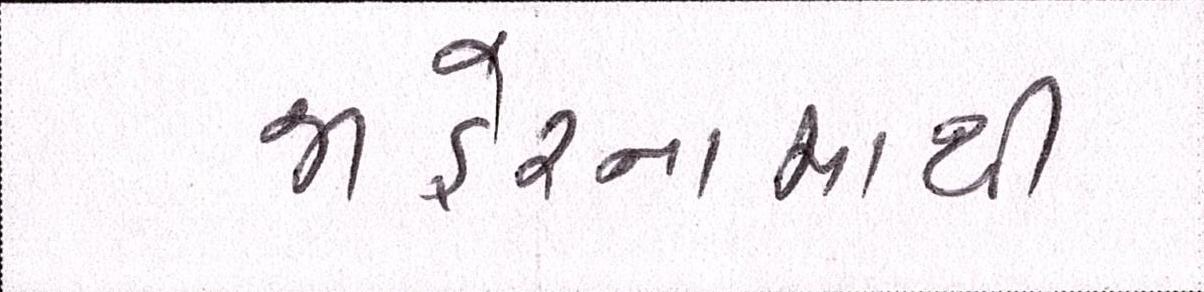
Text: જાહેરનામાથી